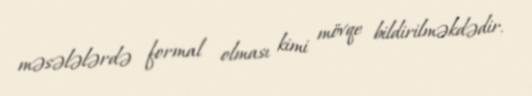
məsələlərdə formal olması kimi mövqe bildirilməkdədir.